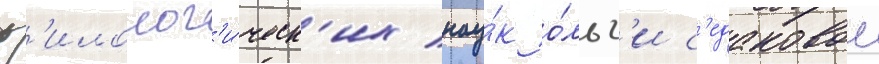
ф'илолог'и́ческ'их нау́к о́льг'и с'едаковои